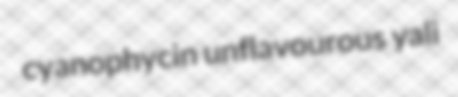
cyanophycin unflavourous yali